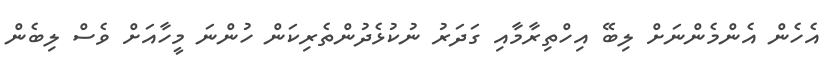
އެހެން އެންމެންނަށް ލިބޭ އިހްތިރާމާއި ގަދަރު ނުކުޅެދުންތެރިކަން ހުންނަ މީހާއަށް ވެސް ލިބެން